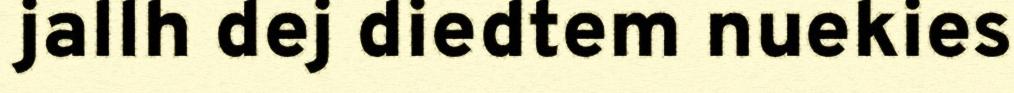
jallh dej diedtem nuekies